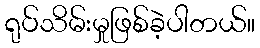
ရုပ်သိမ်းမှုဖြစ်ခဲ့ပါတယ်။